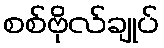
စစ်ဗိုလ်ချုပ်